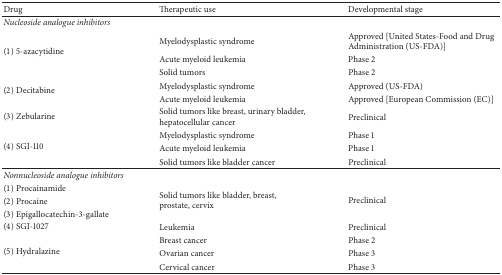
| Drug | Therapeutic use | Developmental stage |
 | --- | --- | --- |
 | Nucleoside analogue inhibitors |  |  |
 | <ROWSPAN=3> (1) 5-azacytidine | Myelodysplastic syndrome | Approved [United States-Food and Drug Administration (US-FDA)] |
 | Acute myeloid leukemia | Phase 2 |
 | Solid tumors | Phase 2 |
 | <ROWSPAN=2> (2) Decitabine | Myelodysplastic syndrome | Approved (US-FDA) |
 | Acute myeloid leukemia | Approved [European Commission (EC)] |
 | (3) Zebularine | Solid tumors like breast, urinary bladder, hepatocellular cancer | Preclinical |
 | <ROWSPAN=3> (4) SGI-110 | Myelodysplastic syndrome | Phase 1 |
 | Acute myeloid leukemia | Phase 1 |
 | Solid tumors like bladder cancer | Preclinical |
 | Nonnucleoside analogue inhibitors |  |  |
 | (1) Procainamide | <ROWSPAN=3> Solid tumors like bladder, breast, prostate, cervix | <ROWSPAN=3> Preclinical |
 | (2) Procaine |
 | (3) Epigallocatechin-3-gallate |
 | (4) SGI-1027 | Leukemia | Preclinical |
 | <ROWSPAN=3> (5) Hydralazine | Breast cancer | Phase 2 |
 | Ovarian cancer | Phase 3 |
 | Cervical cancer | Phase 3 |